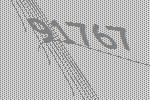
91767